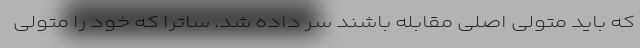
که باید متولی اصلی مقابله باشند سر داده شد. ساترا که خود را متولی